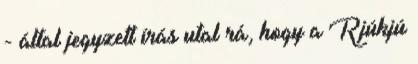
- által jegyzett írás utal rá, hogy a Rjúkjú